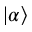
| \alpha \rangle